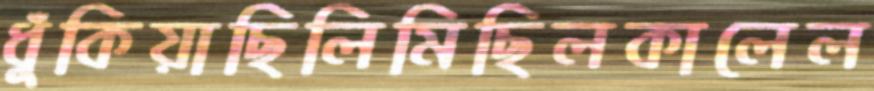
ধুঁকিয়াছিলিমিছিলকালেল